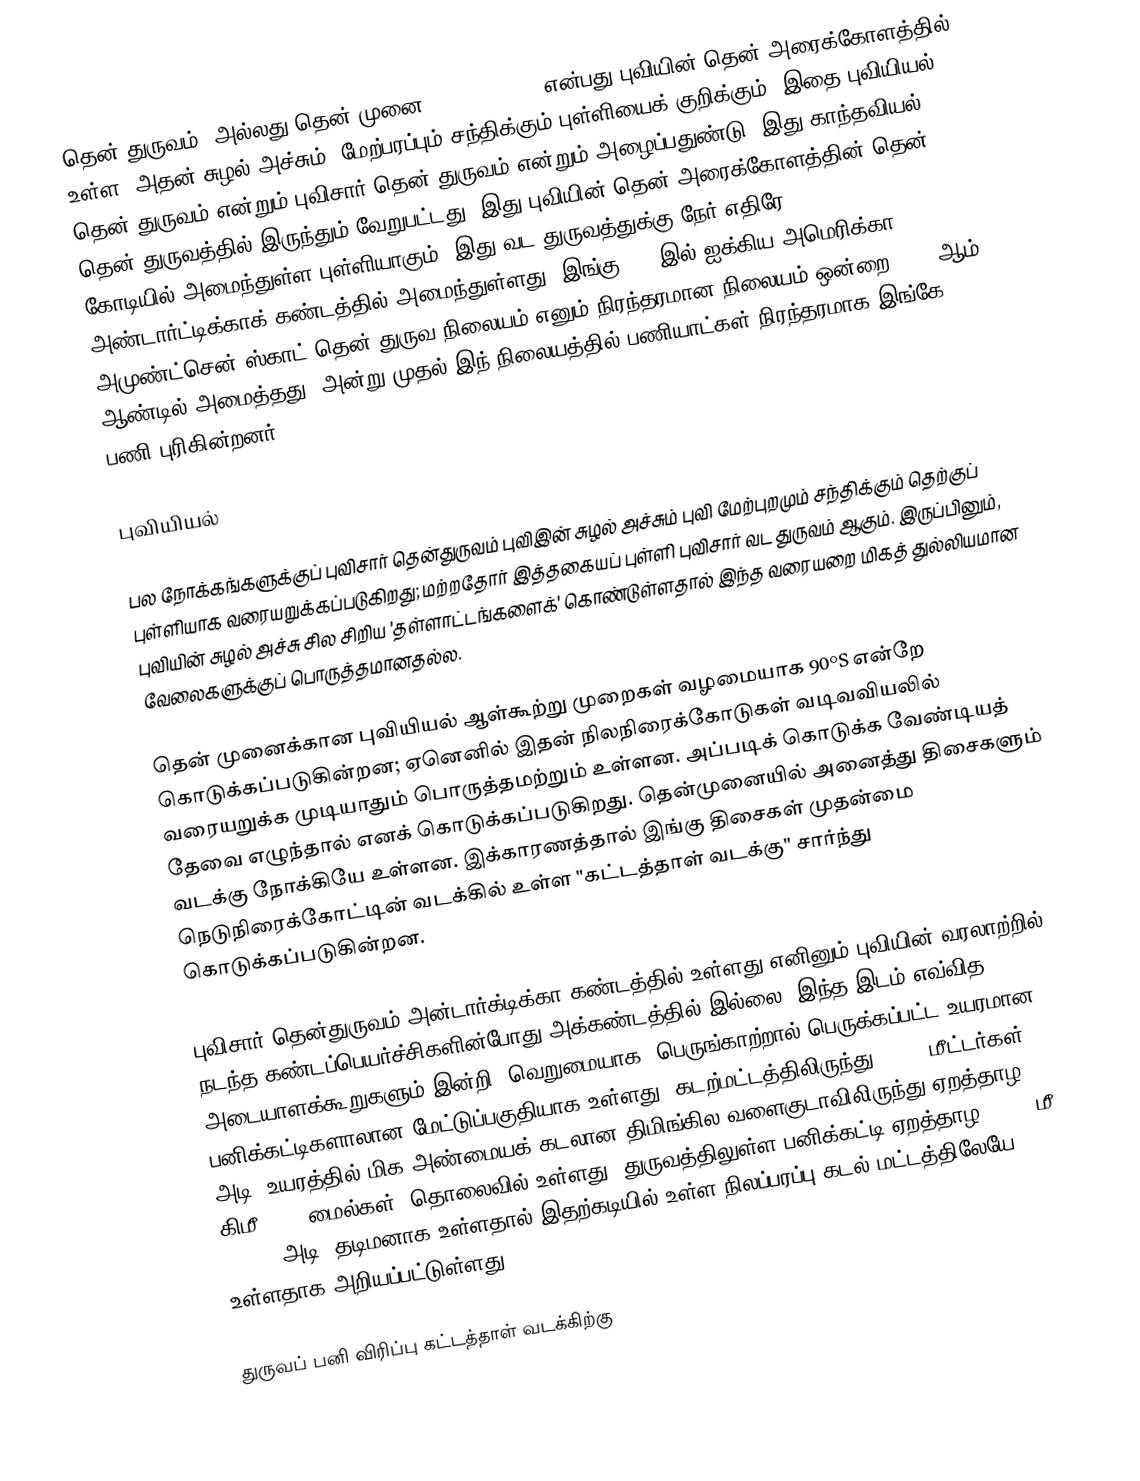
தென் துருவம், அல்லது தென் முனை (South Pole), என்பது புவியின் தென் அரைக்கோளத்தில் உள்ள, அதன் சுழல் அச்சும், மேற்பரப்பும் சந்திக்கும் புள்ளியைக் குறிக்கும். இதை புவியியல் தென் துருவம் என்றும்  புவிசார் தென் துருவம் என்றும் அழைப்பதுண்டு. இது காந்தவியல் தென் துருவத்தில் இருந்தும் வேறுபட்டது. இது புவியின் தென் அரைக்கோளத்தின் தென் கோடியில் அமைந்துள்ள புள்ளியாகும். இது வட துருவத்துக்கு நேர் எதிரே, அண்டார்ட்டிக்காக் கண்டத்தில் அமைந்துள்ளது. இங்கு 1956இல் ஐக்கிய அமெரிக்கா, அமுண்ட்சென்-ஸ்காட் தென் துருவ நிலையம் எனும் நிரந்தரமான நிலையம் ஒன்றை 1956 ஆம் ஆண்டில் அமைத்தது. அன்று முதல் இந் நிலையத்தில் பணியாட்கள் நிரந்தரமாக இங்கே பணி புரிகின்றனர்.

புவியியல்

பல நோக்கங்களுக்குப் புவிசார் தென்துருவம் புவிஇன் சுழல் அச்சும் புவி மேற்புறமும் சந்திக்கும் தெற்குப் புள்ளியாக வரையறுக்கப்படுகிறது; மற்றதோர் இத்தகையப் புள்ளி புவிசார் வட துருவம் ஆகும். இருப்பினும், புவியின் சுழல் அச்சு சில சிறிய 'தள்ளாட்டங்களைக்' கொண்டுள்ளதால் இந்த வரையறை மிகத் துல்லியமான வேலைகளுக்குப் பொருத்தமானதல்ல.

தென் முனைக்கான புவியியல் ஆள்கூற்று முறைகள் வழமையாக  90°S என்றே கொடுக்கப்படுகின்றன; ஏனெனில் இதன் நிலநிரைக்கோடுகள் வடிவவியலில் வரையறுக்க முடியாதும் பொருத்தமற்றும் உள்ளன.  அப்படிக் கொடுக்க வேண்டியத் தேவை எழுந்தால்  எனக் கொடுக்கப்படுகிறது. தென்முனையில் அனைத்து  திசைகளும் வடக்கு நோக்கியே உள்ளன.  இக்காரணத்தால் இங்கு திசைகள்  முதன்மை நெடுநிரைக்கோட்டின் வடக்கில் உள்ள   "கட்டத்தாள் வடக்கு" சார்ந்து கொடுக்கப்படுகின்றன.

புவிசார் தென்துருவம் அன்டார்க்டிக்கா கண்டத்தில் உள்ளது.எனினும்  புவியின் வரலாற்றில் நடந்த கண்டப்பெயர்ச்சிகளின்போது அக்கண்டத்தில் இல்லை. இந்த இடம் எவ்வித அடையாளக்கூறுகளும் இன்றி, வெறுமையாக, பெருங்காற்றால் பெருக்கப்பட்ட உயரமான பனிக்கட்டிகளாலான மேட்டுப்பகுதியாக உள்ளது. கடற்மட்டத்திலிருந்து 2,835 மீட்டர்கள் (9,301 அடி) உயரத்தில் மிக அண்மையக் கடலான திமிங்கில வளைகுடாவிலிருந்து ஏறத்தாழ 1,300 கிமீ (800 மைல்கள்) தொலைவில் உள்ளது. துருவத்திலுள்ள  பனிக்கட்டி ஏறத்தாழ 2,700 மீ (9,000 அடி) தடிமனாக உள்ளதால் இதற்கடியில் உள்ள நிலப்பரப்பு கடல் மட்டத்திலேயே உள்ளதாக அறியப்பட்டுள்ளது.

துருவப் பனி விரிப்பு கட்டத்தாள் வடக்கிற்கு